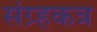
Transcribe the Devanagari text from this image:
संग्र्हकत्र